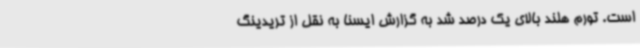
است. تورم هلند بالای یک درصد شد به گزارش ایسنا به نقل از تریدینگ